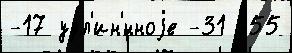
-17 удл'ин'́нноjе -31 -55